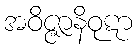
အဝိဇ္ဇာနိဝုဋာ